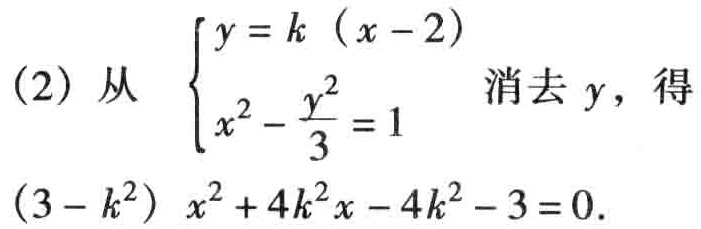
(2) 从 $\begin{cases}y = k(x - 2)\\x^{2}-\frac{y^{2}}{3}=1\end{cases}$ 消去 $y$，得

$(3 - k^{2})x^{2}+4k^{2}x - 4k^{2}-3 = 0$.